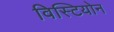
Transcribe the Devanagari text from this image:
विस्टियोन